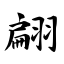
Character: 翩